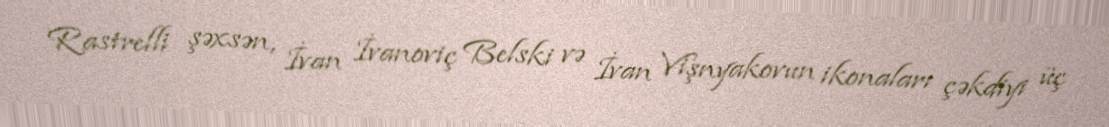
Rastrelli şəxsən, İvan İvanoviç Belski və İvan Vişnyakovun ikonaları çəkdiyi üç